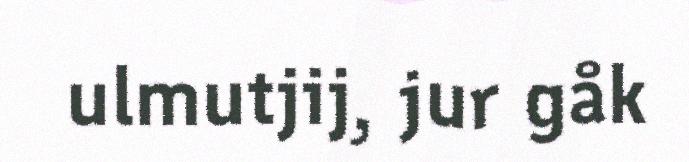
ulmutjij, jur gåk